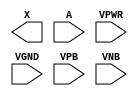
/**
 * Copyright 2020 The SkyWater PDK Authors
 *
 * Licensed under the Apache License, Version 2.0 (the "License");
 * you may not use this file except in compliance with the License.
 * You may obtain a copy of the License at
 *
 *     https://www.apache.org/licenses/LICENSE-2.0
 *
 * Unless required by applicable law or agreed to in writing, software
 * distributed under the License is distributed on an "AS IS" BASIS,
 * WITHOUT WARRANTIES OR CONDITIONS OF ANY KIND, either express or implied.
 * See the License for the specific language governing permissions and
 * limitations under the License.
 *
 * SPDX-License-Identifier: Apache-2.0
 */

`ifndef SKY130_FD_SC_HDLL__BUF_PP_BLACKBOX_V
`define SKY130_FD_SC_HDLL__BUF_PP_BLACKBOX_V

/**
 * buf: Buffer.
 *
 * Verilog stub definition (black box with power pins).
 *
 * WARNING: This file is autogenerated, do not modify directly!
 */

`timescale 1ns / 1ps
`default_nettype none

(* blackbox *)
module sky130_fd_sc_hdll__buf (
    X   ,
    A   ,
    VPWR,
    VGND,
    VPB ,
    VNB
);

    output X   ;
    input  A   ;
    input  VPWR;
    input  VGND;
    input  VPB ;
    input  VNB ;
endmodule

`default_nettype wire
`endif  // SKY130_FD_SC_HDLL__BUF_PP_BLACKBOX_V